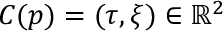
C ( p ) = ( \tau , \xi ) \in \mathbb { R } ^ { 2 }